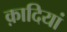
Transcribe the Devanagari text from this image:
क़ादियां